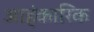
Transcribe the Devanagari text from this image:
आहंकारिक